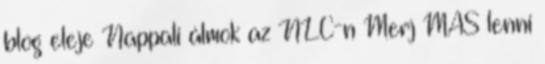
blog eleje Nappali álmok az NLC-n Merj MÁS lenni